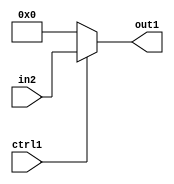
`timescale 1ps / 1ps
/*****************************************************************************
    Verilog RTL Description
    
    
    Created by: CellMath Designer 2019.1.01 
*******************************************************************************/

module fp_cmp_Muxu23i0u1_4_2 (
	in2,
	ctrl1,
	out1
	); /* architecture "behavioural" */ 
input [22:0] in2;
input  ctrl1;
output [22:0] out1;
wire [22:0] asc001;

reg [22:0] asc001_tmp_0;
assign asc001 = asc001_tmp_0;
always @ (ctrl1 or in2) begin
	case (ctrl1)
		1'B1 : asc001_tmp_0 = in2 ;
		default : asc001_tmp_0 = 23'B00000000000000000000000 ;
	endcase
end

assign out1 = asc001;
endmodule

/* CADENCE  uLb2TQo= : u9/ySgnWtBlWxVPRXgAZ4Og= ** DO NOT EDIT THIS LINE ******/